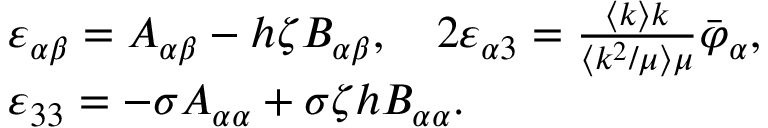
\begin{array} { r l } & { \varepsilon _ { \alpha \beta } = A _ { \alpha \beta } - h \zeta B _ { \alpha \beta } , \quad 2 \varepsilon _ { \alpha 3 } = \frac { \langle k \rangle k } { \langle k ^ { 2 } / \mu \rangle \mu } \bar { \varphi } _ { \alpha } , } \\ & { \varepsilon _ { 3 3 } = - \sigma A _ { \alpha \alpha } + \sigma \zeta h B _ { \alpha \alpha } . } \end{array}